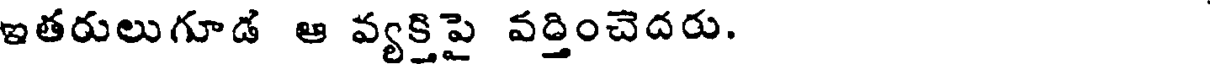
ఇతరులుగూడ ఆ వ్యక్తిపై వర్తించెదరు.